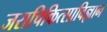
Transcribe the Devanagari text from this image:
जराचिकित्साविज्ञान